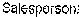
SALESPERSON: